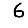
Digit: 6